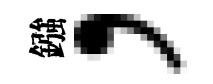
鏹，